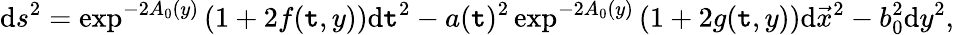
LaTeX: \mathrm{d}s^{2}=\exp^{-2A_{0}(y)}\left(1+2f(\mathtt{t},y)\right)\mathrm{d}\mathtt{t}^{2}-a(\mathtt{t})^{2}\exp^{-2A_{0}(y)}\left(1+2g(\mathtt{t},y)\right)\mathrm{d}\vec{{x}}^{2}-b_{0}^{2}\mathrm{d}y^{2},